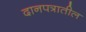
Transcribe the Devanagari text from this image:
दानपत्रातील